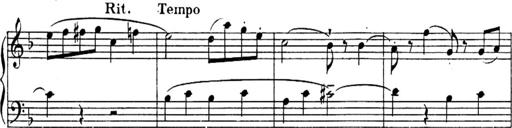
Title: Sonatines
Composer: Hedwige ChrÃ©tien